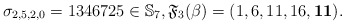
\begin{gather*}\sigma_{2,5,2,0}=1346725 \in \mathbb{S}_7, \mathfrak{F}_3(\beta)= (1,6,11,16,{\bf 11}).\end{gather*}